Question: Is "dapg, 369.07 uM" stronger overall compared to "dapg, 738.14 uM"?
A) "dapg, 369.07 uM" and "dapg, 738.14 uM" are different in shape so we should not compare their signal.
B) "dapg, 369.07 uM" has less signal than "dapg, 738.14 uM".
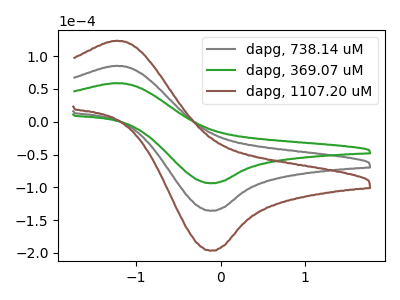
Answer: <think>The gray curve "dapg, 738.14 uM" has an anodic peak at (-1.25V, 85.35uA) and a cathodic peak at (-0.15V, -135.80uA). The green curve "dapg, 369.07 uM" has an anodic peak at (-1.25V, 58.90uA) and a cathodic peak at (-0.15V, -93.75uA). The brown curve "dapg, 1107.20 uM" has an anodic peak at (-1.25V, 170.65uA) and a cathodic peak at (-0.15V, -271.60uA).
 All the peaks in "dapg, 369.07 uM" have a peak in "dapg, 738.14 uM" at the same potential. Every peak in "dapg, 369.07 uM" is lower than every peak in "dapg, 738.14 uM".</think>
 <answer>B) "dapg, 369.07 uM" has less signal than "dapg, 738.14 uM".</answer>
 <eval>B</eval>